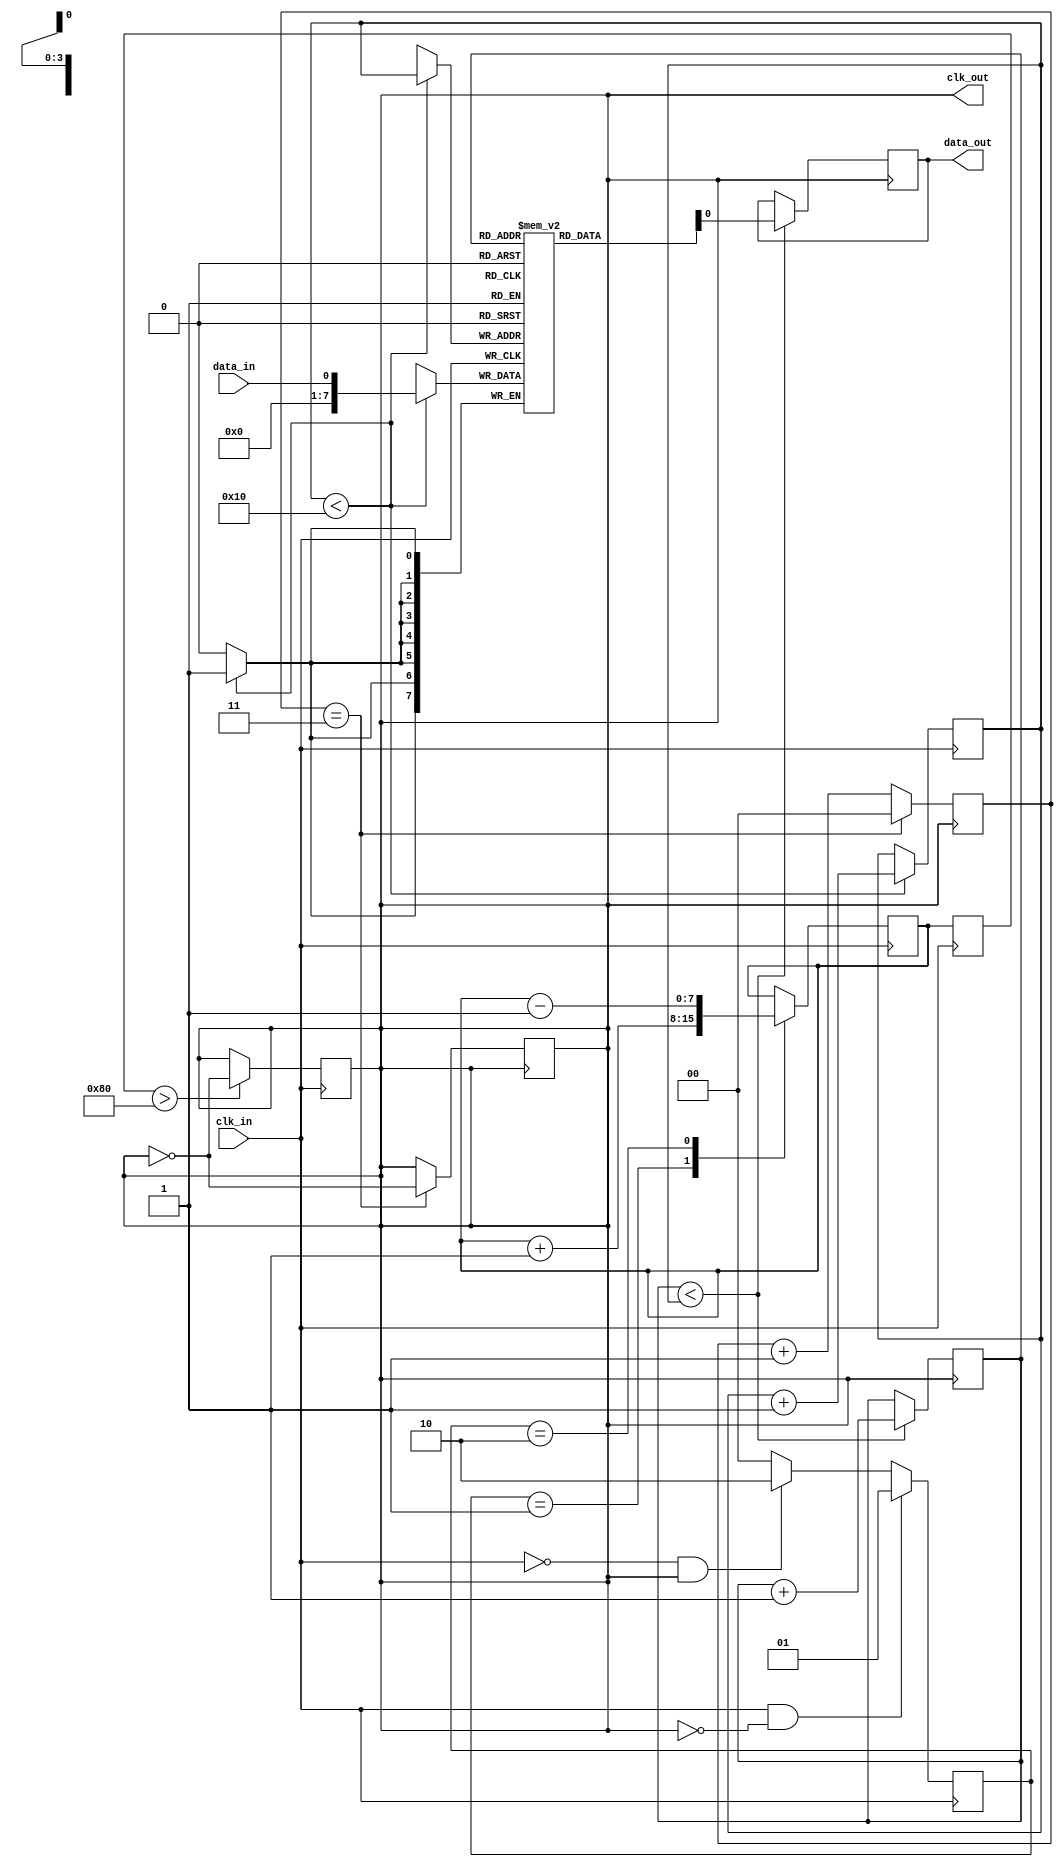
module pll_synchronizer (
    input wire clk_in,          // Incoming clock signal
    input wire data_in,         // Incoming data signal
    output reg clk_out,         // Output synchronized clock signal
    output reg data_out         // Output synchronized data signal
);

// Parameters for the PLL
parameter DIV_FACTOR = 4;     // Divider factor for VCO output
parameter FIFO_DEPTH = 16;     // Depth of the synchronization FIFO

// Phase Detector (PD)
reg [1:0] phase_detector;      // Phase detector output
always @(posedge clk_in) begin
    // Simple phase detection logic
    if (clk_in && !clk_out) begin
        phase_detector <= 2'b01; // Phase leading
    end else if (!clk_in && clk_out) begin
        phase_detector <= 2'b10; // Phase lagging
    end else begin
        phase_detector <= 2'b00; // No phase difference
    end
end

// Loop Filter (PI Controller)
reg [7:0] error_signal;        // Error signal from PD
reg [7:0] control_signal;      // Control signal for VCO
always @(posedge clk_in) begin
    // Simple PI control logic
    case (phase_detector)
        2'b01: error_signal <= error_signal + 1; // Increase frequency
        2'b10: error_signal <= error_signal - 1; // Decrease frequency
        default: error_signal <= error_signal;     // No change
    endcase
    control_signal <= error_signal; // Update control signal
end

// Voltage-Controlled Oscillator (VCO)
always @(posedge clk_in) begin
    // Generate output clock based on control signal
    if (control_signal > 128) begin
        clk_out <= ~clk_out; // Toggle clock output
    end
end

// Divider
reg [1:0] clk_divider;          // Clock divider counter
always @(posedge clk_out) begin
    clk_divider <= clk_divider + 1;
    if (clk_divider == DIV_FACTOR - 1) begin
        clk_out <= ~clk_out;     // Divide the clock
        clk_divider <= 0;        // Reset divider
    end
end

// Synchronization FIFO
reg [7:0] fifo [0:FIFO_DEPTH-1]; // FIFO storage
reg [3:0] write_ptr, read_ptr;    // FIFO pointers
always @(posedge clk_in) begin
    // Write data to FIFO
    if (write_ptr < FIFO_DEPTH) begin
        fifo[write_ptr] <= data_in;
        write_ptr <= write_ptr + 1;
    end
end

always @(posedge clk_out) begin
    // Read data from FIFO
    if (read_ptr < write_ptr) begin
        data_out <= fifo[read_ptr];
        read_ptr <= read_ptr + 1;
    end
end

// Meta-stability Handling
reg [1:0] sync_ff; // 2-stage flip-flop for synchronization
always @(posedge clk_in) begin
    sync_ff <= {sync_ff[0], data_in}; // Synchronize incoming data
end

endmodule